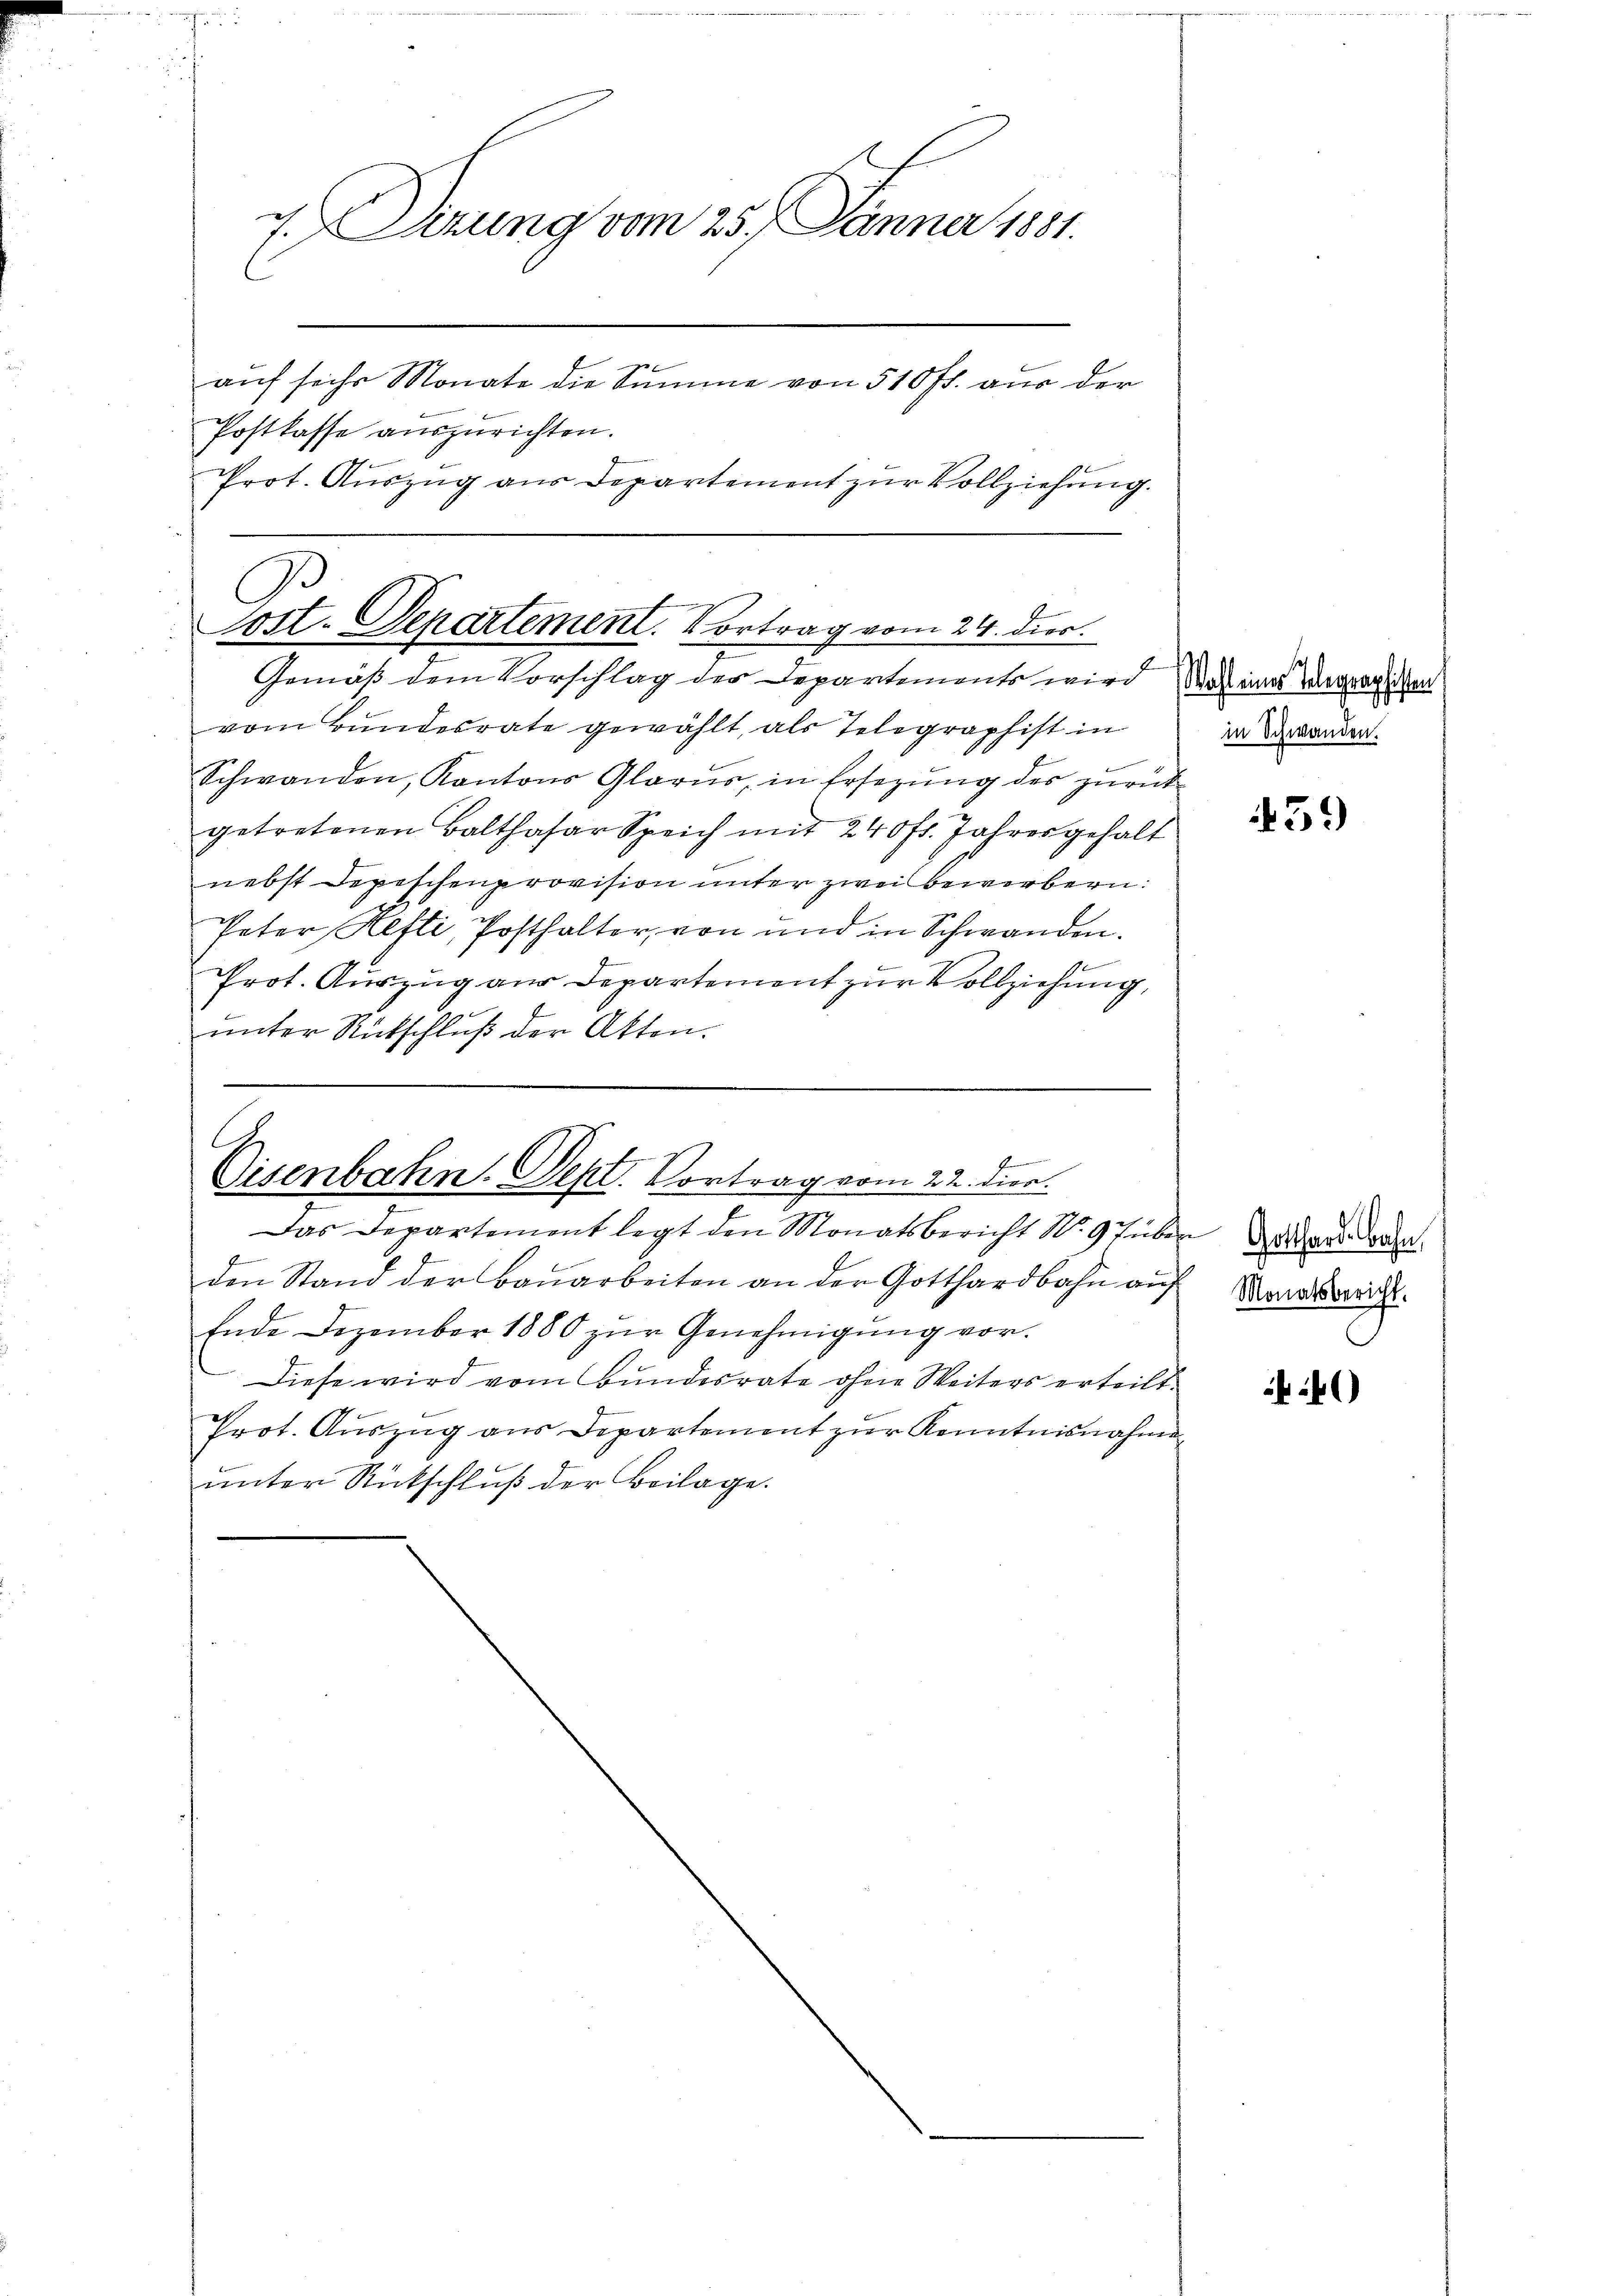
7. Derung vom 25. Januar 1891.
auf sechs Monate die Summe von 510 fr. aus der
Postkasse auszurichten.
Prot. Auszug aus Departement zur Vollziehung.

1
Sost-Departement. Vortrag vom 24. dies.
Gemäß dem Vorschlag der Departements wird das eines Wegenglichen

vom Bundesrate gewählt, als Telegraphist in
Schwanden, Kantons Glarus, in Ersezŭng des zŭrück
getretenen Balthasar Speich mit 240 fr. Jahresgehalt
nebst Depeschenprovision unter zwei bewerbern:
Peter Hefti, Posthalter, von und in Schwanden.
E
Prot. Auszug aus Departement zur Vollziehung,
unter Rückschluß der Akten.

.
f
Eisenbahn. Sept. Vortrag vom 22. dies

Das Departement legt den Monatsbericht No. 9 Juber das dona
den Stand der Bauarbeiten an der Gotthardbahn auf
Ende Dezember 1880 zur Genehmigung vor.
Diese wird vom Bundesrate ohne Weiters erteilt.
Prot. Auszug aus Departement zur Kenntnisnahme.
unter Rückschluß der Beilage.

in Schwanden.

459)

Monatsbericht.

4)